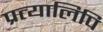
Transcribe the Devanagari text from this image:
प्रत्यालिपि